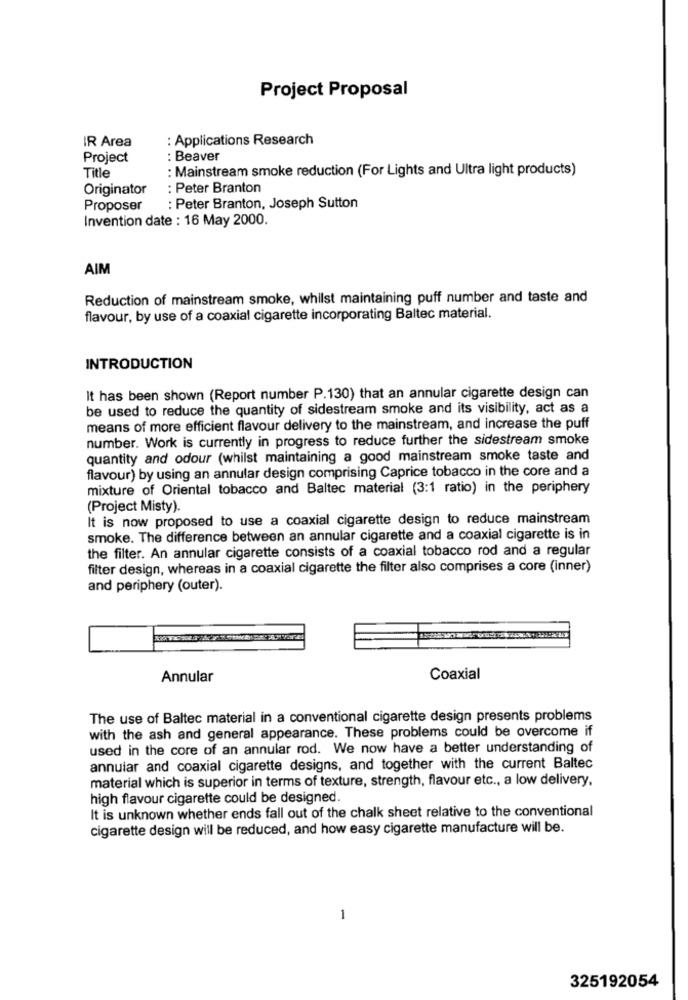
Project Proposal
IR Area
: Applications Research
Project
: Beaver
Title
: Mainstream smoke reduction (For Lights and Ultra light products)
Originator
: Peter Branton
Proposer
: Peter Branton, Joseph Sutton
Invention date : 16 May 2000.
AIM
Reduction of mainstream smoke, whilst maintaining puff number and taste and
flavour, by use of a coaxial cigarette incorporating Baltec material.
INTRODUCTION
It has been shown (Report number P.130) that an annular cigarette design can
be used to reduce the quantity of sidestream smoke and its visibility, act as a
means of more efficient flavour delivery to the mainstream, and increase the puff
number. Work is currently in progress to reduce further the sidestream smoke
quantity and odour (whilst maintaining a good mainstream smoke taste and
flavour) by using an annular design comprising Caprice tobacco in the core and a
mixture of Oriental tobacco and Baltec material (3:1 ratio) in the periphery
(Project Misty).
It is now proposed to use a coaxial cigarette design to reduce mainstream
smoke. The difference between an annular cigarette and a coaxial cigarette is in
the filter. An annular cigarette consists of a coaxial tobacco rod and a regular
filter design, whereas in a coaxial cigarette the filter also comprises a core (inner)
and periphery (outer).
Annular
Coaxial
The use of Baltec material in a conventional cigarette design presents problems
with the ash and general appearance. These problems could be overcome if
used in the core of an annular rod. We now have a better understanding of
annular and coaxial cigarette designs, and together with the current Baltec
material which is superior in terms of texture, strength, flavour etc ., a low delivery.
high flavour cigarette could be designed.
It is unknown whether ends fall out of the chalk sheet relative to the conventional
cigarette design will be reduced, and how easy cigarette manufacture will be.
1
325192054